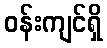
ဝန်းကျင်ရှိ